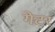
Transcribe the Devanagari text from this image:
गेटर